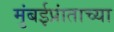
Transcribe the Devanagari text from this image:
मुंबईप्रांताच्या